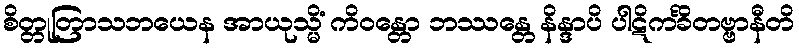
စိတ္တုတြာသဘယေန အာယုသ္မိံ ကိဝန္တော ဘဿန္တေ နိန္ဒာပိ ပါဋိကင်္ခိတဗ္ဗာနီတိ